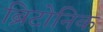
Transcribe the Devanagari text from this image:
ब्रिटोनिक